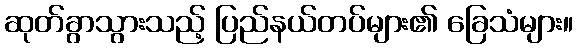
ဆုတ်ခွာသွားသည့် ပြည်နယ်တပ်များ၏ ခြေသံများ။